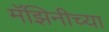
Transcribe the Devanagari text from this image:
मॅझिनीच्या